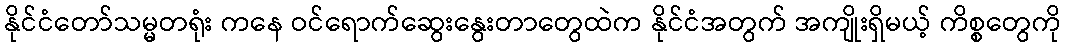
နိုင်ငံတော်သမ္မတရုံး ကနေ ဝင်ရောက်ဆွေးနွေးတာတွေထဲက နိုင်ငံအတွက် အကျိုးရှိမယ့် ကိစ္စတွေကို